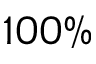
1 0 0 \%